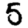
Digit: 5